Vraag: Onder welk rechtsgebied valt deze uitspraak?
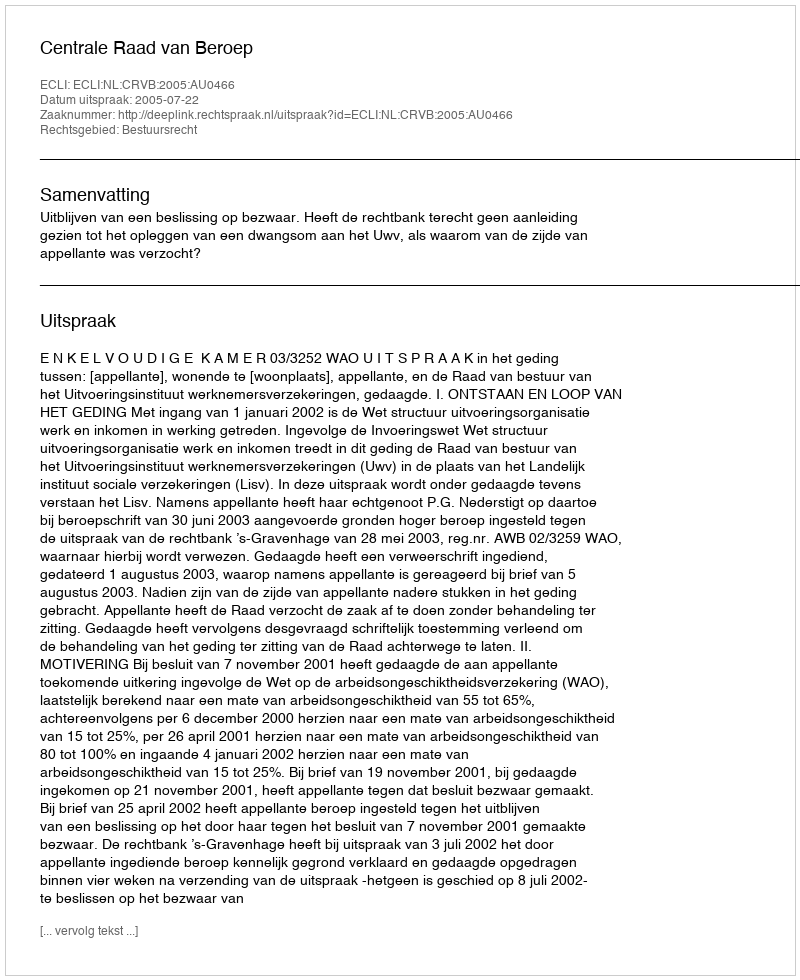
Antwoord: Bestuursrecht